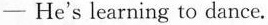
- He's learning to dance.